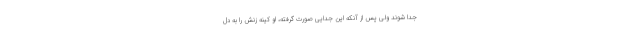
جدا شوند ولی پس از آنکه این جدایی صورت گرفته، او کینه زنش را به دل